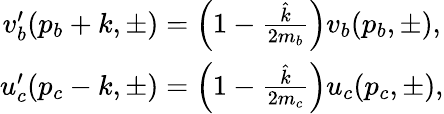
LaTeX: \begin{array}{c}{{v_{b}^{\prime}(p_{b}+k,\pm)=\left(1-\frac{\hat{k}}{2m_{b}}\right)v_{b}(p_{b},\pm),}}\\ {{u_{c}^{\prime}(p_{c}-k,\pm)=\left(1-\frac{\hat{k}}{2m_{c}}\right)u_{c}(p_{c},\pm),}}\end{array}